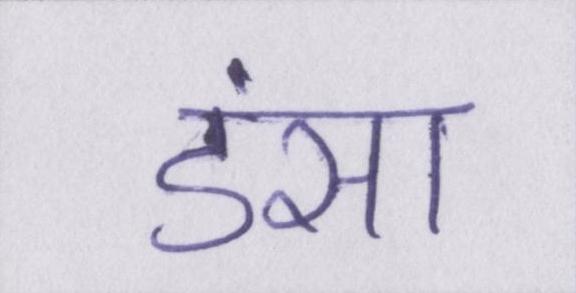
डंसा